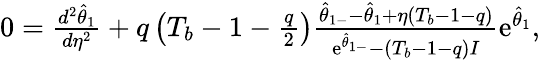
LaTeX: \begin{array}{r}{0=\frac{d^{2}\hat{\theta}_{1}}{d\eta^{2}}+q\left(T_{b}-1-\frac{q}{2}\right)\frac{\hat{\theta}_{1-}-\hat{\theta}_{1}+\eta(T_{b}-1-q)}{\mathrm{e}^{\hat{\theta}_{1-}}-(T_{b}-1-q)I}\mathrm{e}^{\hat{\theta}_{1}},}\end{array}